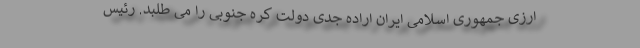
ارزی جمهوری اسلامی ایران اراده جدی دولت کره جنوبی را می طلبد. رئیس